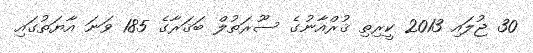
30 ޖުލައި 2013 ކީރިތި ޤުރްއާނުގެ ސޫރަތުލް ބަޤަރާގެ 185 ވަނަ އާޔަތުގައި